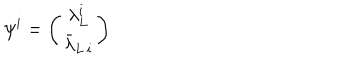
LaTeX: \psi ^ { i } = \left( \begin{array} { c } { { \lambda _ { L } ^ { i } } } \\ { { \bar { \lambda } _ { L \, i } } } \\ \end{array} \right)